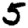
Digit: 5